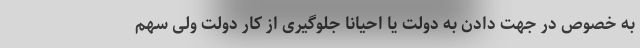
به خصوص در جهت دادن به دولت یا احیانا جلوگیری از کار دولت ولی سهم